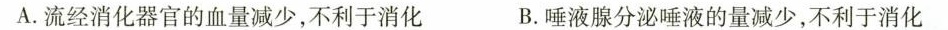
A.流经消化器官的血量减少，不利于消化 B.唾液腺分泌唾液的量减少，不利于消化